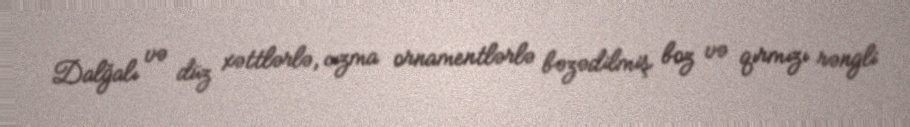
Dalğalı və düz xəttlərlə, cızma ornamentlərlə bəzədilmiş boz və qırmızı rəngli